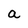
Character: a